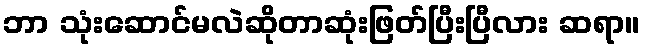
ဘာ သုံးဆောင်မလဲဆိုတာဆုံးဖြတ်ပြီးပြီလား ဆရာ။